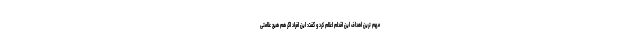
مهم ترین اهداف این اقدام اعلام کرد و گفت: این افراد اگر هم هیچ علامتی